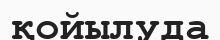
қойылуда